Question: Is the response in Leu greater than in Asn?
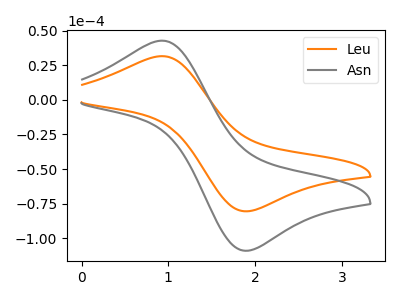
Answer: <think>The orange curve "Leu" has an anodic peak at (0.90V, 31.60uA) and a cathodic peak at (1.90V, -80.45uA). The gray curve "Asn" has an anodic peak at (0.90V, 42.75uA) and a cathodic peak at (1.90V, -108.95uA).
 All the peaks in "Leu" have a peak in "Asn" at the same potential. Every peak in "Leu" is lower than every peak in "Asn".</think>
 <answer>"Leu" has less signal than "Asn".</answer>
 <eval>less_signal</eval>